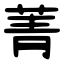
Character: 菁